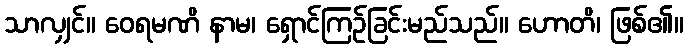
သာလျှင်။ ဝေရမဏိ နာမ၊ ရှောင်ကြဉ်ခြင်းမည်သည်။ ဟောတိ၊ ဖြစ်၏။